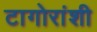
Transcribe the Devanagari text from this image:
टागोरांशी